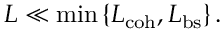
L \ll \operatorname* { m i n } \left\{ L _ { \mathrm { c o h } } , L _ { \mathrm { b s } } \right\} .